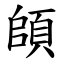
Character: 頧